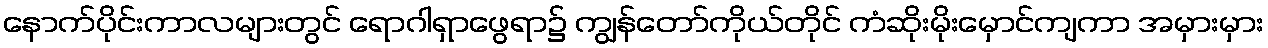
နောက်ပိုင်းကာလများတွင် ရောဂါရှာဖွေရာ၌ ကျွန်တော်ကိုယ်တိုင် ကံဆိုးမိုးမှောင်ကျကာ အမှားမှား